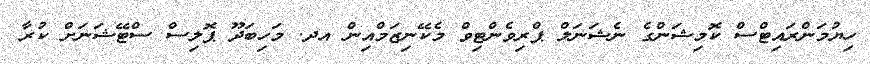
ހިޔުމަންރައިޓްސް ކޮމިޝަންގެ ނެޝަނަލް ޕްރިވެންޓިވް މެކޭނިޒަމްއިން އދ. މަހިބަދޫ ޕޮލިސް ސްޓޭޝަނަށް ކުރާ